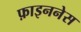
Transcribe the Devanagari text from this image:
फ़ाइननेस